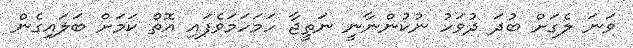
ވަނަ ލެގަށް ބުދަ ދުވަހު ނުކުންނާނީ ނަތީޖާ ހަމަހަމަވެފައި އޮތް ކަމަށް ބަލައިގެން